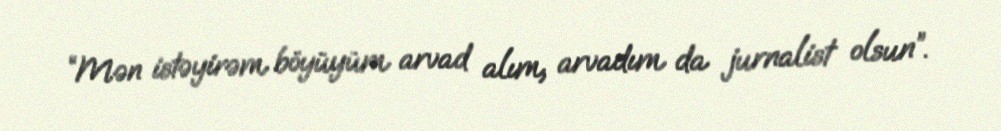
“Mən istəyirəm böyüyüm arvad alım, arvadım da jurnalist olsun”.